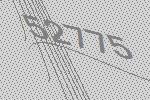
52775